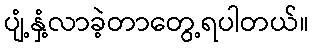
ပျံ့နှံ့လာခဲ့တာတွေ့ရပါတယ်။